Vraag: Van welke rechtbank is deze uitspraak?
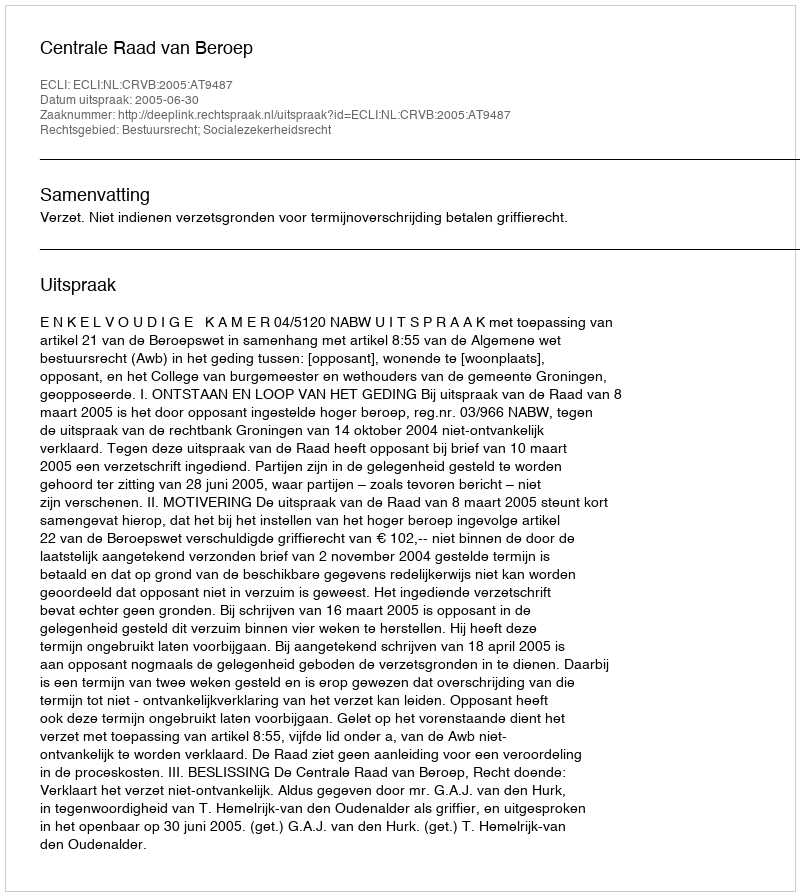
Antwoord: Centrale Raad van Beroep